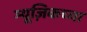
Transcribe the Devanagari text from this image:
म्यूज़िकच्या